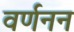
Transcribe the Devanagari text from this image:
वर्णनन